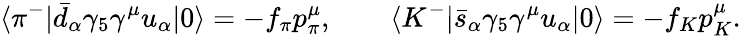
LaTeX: \langle\pi^{-}|\bar{d}_{\alpha}\gamma_{5}\gamma^{\mu}u_{\alpha}|0\rangle=-f_{\pi}p_{\pi}^{\mu},\qquad\langle K^{-}|\bar{s}_{\alpha}\gamma_{5}\gamma^{\mu}u_{\alpha}|0\rangle=-f_{K}p_{K}^{\mu}.